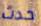
حدث